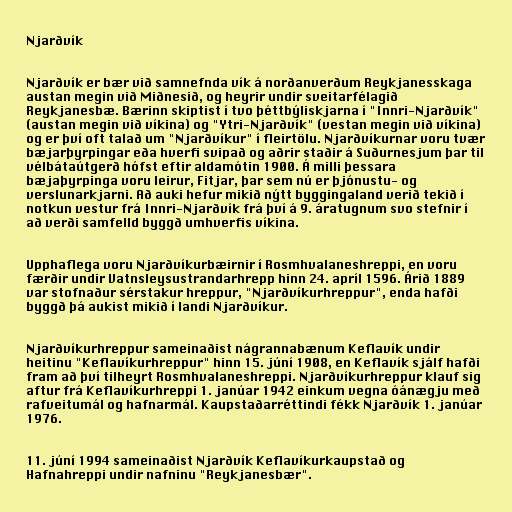
Njarðvík

Njarðvík er bær við samnefnda vík á norðanverðum Reykjanesskaga
austan megin við Miðnesið, og heyrir undir sveitarfélagið
Reykjanesbæ. Bærinn skiptist í tvo þéttbýliskjarna í "Innri-Njarðvík"
(austan megin við víkina) og "Ytri-Njarðvík" (vestan megin við víkina)
og er því oft talað um "Njarðvíkur" í fleirtölu. Njarðvíkurnar voru tvær
bæjarþyrpingar eða hverfi svipað og aðrir staðir á Suðurnesjum þar til
vélbátaútgerð hófst eftir aldamótin 1900. Á milli þessara
bæjaþyrpinga voru leirur, Fitjar, þar sem nú er þjónustu- og
verslunarkjarni. Að auki hefur mikið nýtt byggingaland verið tekið í
notkun vestur frá Innri-Njarðvík frá því á 9. áratugnum svo stefnir í
að verði samfelld byggð umhverfis víkina.

Upphaflega voru Njarðvíkurbæirnir í Rosmhvalaneshreppi, en voru
færðir undir Vatnsleysustrandarhrepp hinn 24. apríl 1596. Árið 1889
var stofnaður sérstakur hreppur, "Njarðvíkurhreppur", enda hafði
byggð þá aukist mikið í landi Njarðvíkur.

Njarðvíkurhreppur sameinaðist nágrannabænum Keflavík undir
heitinu "Keflavíkurhreppur" hinn 15. júní 1908, en Keflavík sjálf hafði
fram að því tilheyrt Rosmhvalaneshreppi. Njarðvíkurhreppur klauf sig
aftur frá Keflavíkurhreppi 1. janúar 1942 einkum vegna óánægju með
rafveitumál og hafnarmál. Kaupstaðarréttindi fékk Njarðvík 1. janúar
1976.

11. júní 1994 sameinaðist Njarðvík Keflavíkurkaupstað og
Hafnahreppi undir nafninu "Reykjanesbær".